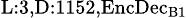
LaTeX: _{\textrm{L}:3,\textrm{D}:1152,\textrm{EncDec}_{\textrm{B}1}}